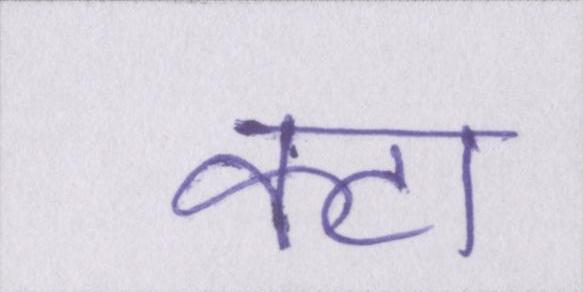
कटा